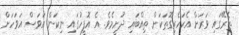
ތެރޭގައި ވަރަށް އެކަހެރިގޮތަކަށް ތިއްބައި ދުށީމެވެ. އެ އޮފީހުގައި ނިކަން އަވަސް އަވަހަށް